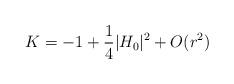
LaTeX: \begin{align*}K= -1 +\frac{1}{4} |H_0|^2 + O(r^2)\end{align*}